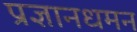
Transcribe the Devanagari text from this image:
प्रज्ञानधमन